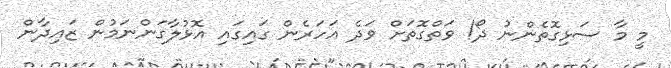
މީ މާ ސަޅިގޮތެންނު ދޯ! ވަތްގޮތަށް ވަދެ އަހަރެން ގައިގައި އޮޅުލާގަންނަމުން ޒައިދާން